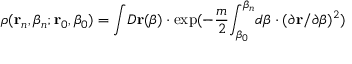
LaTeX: \rho ( { \bf r } _ { n } , \beta _ { n } ; { \bf r } _ { 0 } , \beta _ { 0 } ) = { \int } D { \bf r } ( \beta ) \cdot \exp ( - \frac m 2 { \int _ { \beta _ { 0 } } ^ { \beta _ { n } } } d \beta \cdot ( \partial { \bf r } / \partial \beta ) ^ { 2 } )